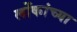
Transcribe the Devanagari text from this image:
लोंकांच्या